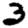
Digit: 3